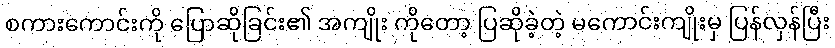
စကားကောင်းကို ပြောဆိုခြင်း၏ အကျိုး ကိုတော့ ပြဆိုခဲ့တဲ့ မကောင်းကျိုးမှ ပြန်လှန်ပြီး